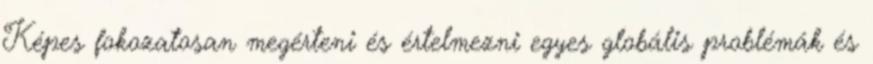
Képes fokozatosan megérteni és értelmezni egyes globális problémák és